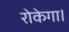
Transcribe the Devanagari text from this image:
रोकेगा।